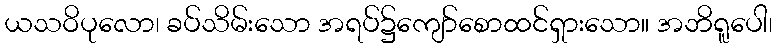
ယသဝိပုလော၊ ခပ်သိမ်းသော အရပ်၌ကျော်စောထင်ရှားသော။ အဘိရူပေါ၊